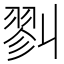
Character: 𢒥